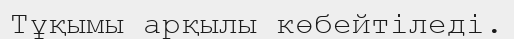
Тұқымы арқылы көбейтіледі.